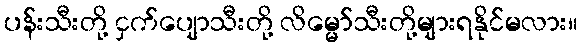
ပန်းသီးတို့ ငှက်ပျောသီးတို့ လိမ္မော်သီးတို့များရနိုင်မလား။